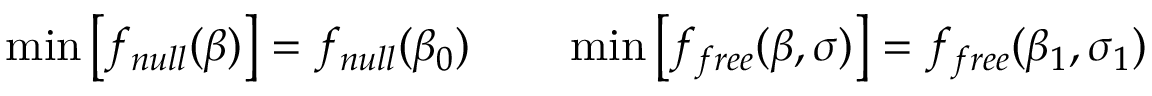
\operatorname* { m i n } \left[ f _ { n u l l } ( \beta ) \right] = f _ { n u l l } ( \beta _ { 0 } ) \qquad \operatorname* { m i n } \left[ f _ { f r e e } ( \beta , \sigma ) \right] = f _ { f r e e } ( \beta _ { 1 } , \sigma _ { 1 } )